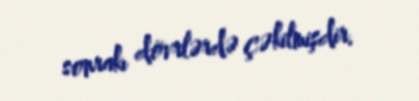
sonrakı dövrlərdə çəkilmişdir.